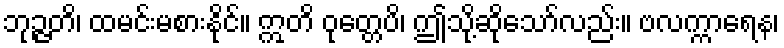
ဘုဉ္ဇတိ၊ ထမင်းမစားနိုင်။ ဣတိ ဝုတ္တေပိ၊ ဤသို့ဆိုသော်လည်း။ ဗလက္ကာရေန၊